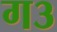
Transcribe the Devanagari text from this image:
ग३